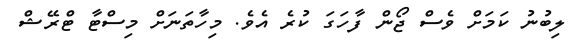
ލިބުނު ކަމަށް ވެސް ޖޯން ފާހަގަ ކުރެ އެވެ. މިހާތަނަށް މިސްޓާ ޓްރޭޝް